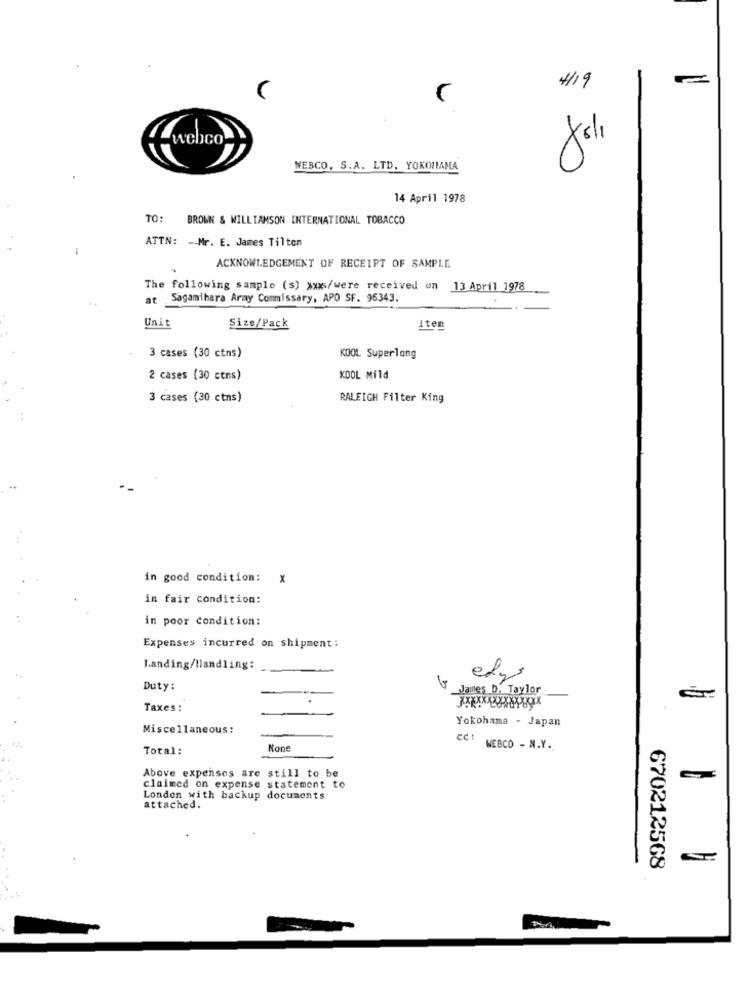
4/19
webco
WEBCO, S.A. LTD. YOKOHAMA
14 April 1978
TO:
BROWN & WILLIAMSON INTERNATIONAL TOBACCO
ATTN: - Mr. E. James Tilton
ACKNOWLEDGEMENT OF RECEIPT OF SAMPLE
The following sample (s) xxx/were received un 13 April 1978
Sagamihara Army Commissary, APO SF. 96343.
Unit
Size/Pack
Iten
3 cases (30 ctns)
KOOL Superlong
2 cases (30 ctns)
KDOL Mild
3 cases (30 ctns)
RALEIGH Filter King
in good condition: x
in fair condition:
in poor condition:
Expenses incurred on shipment :
Landing/Handling:
etys
Duty:
James D. Taylor
XXXXXXXXXXXXXXX
Taxes :
Yokohama - Japan
Miscellaneous :
Total:
Kone
WEBCO - N.Y.
Above expenses are still to be
claimed on expense statement to
London with backup documents
attached.
-
670212568